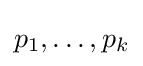
p_{1},\ldots ,p_{k}